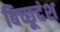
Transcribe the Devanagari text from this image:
बिच्छूदंश